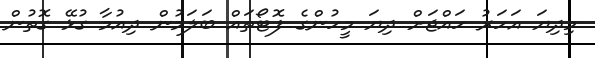
މިދިޔަ އަހަރު ހައްޖަށް ދިޔަ މީހުންގެ ފޮޓޯތައް ބަލަމުން ދިއުމާ ގުޅޭ ގޮތުން